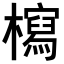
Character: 𣞐